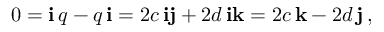
0 = \mathbf { i } \, q - q \, \mathbf { i } = 2 c \, \mathbf { i j } + 2 d \, \mathbf { i k } = 2 c \, \mathbf { k } - 2 d \, \mathbf { j } \, ,